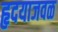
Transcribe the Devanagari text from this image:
हृदयाजवळ